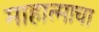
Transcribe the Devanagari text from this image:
माहात्माचा